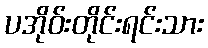
ပအိုဝ်းတိုင်းရင်းသား